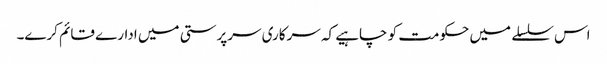
اس سلسلے میں حکومت کو چاہیے کہ سرکاری سرپرستی میں ادارے قائم کرے۔